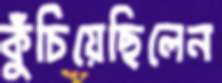
কুঁচিয়েছিলেন